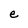
Character: e